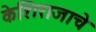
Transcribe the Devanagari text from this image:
केशिराजाचे